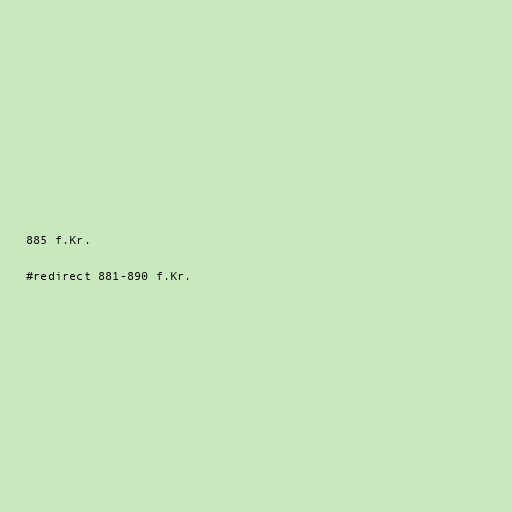
885 f.Kr.

#redirect 881-890 f.Kr.